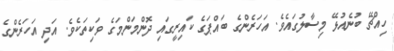
ހިއްޗޭ ބުނެއުޅޭ މިސާލުގައެވެ. އަހަރެންގެ ބައްޕަގެ ކައިރީގައި ދޮންމަންމަގެ ވަކިތަކެވެ. އަދި އަހަރެންގެ